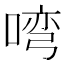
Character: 𭉎